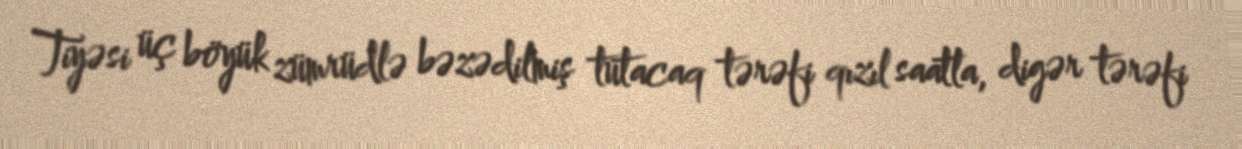
Tiyəsi üç böyük zümrüdlə bəzədilmiş tutacaq tərəfi qızıl saatla, digər tərəfi